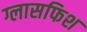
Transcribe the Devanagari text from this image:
ग्लासफिश